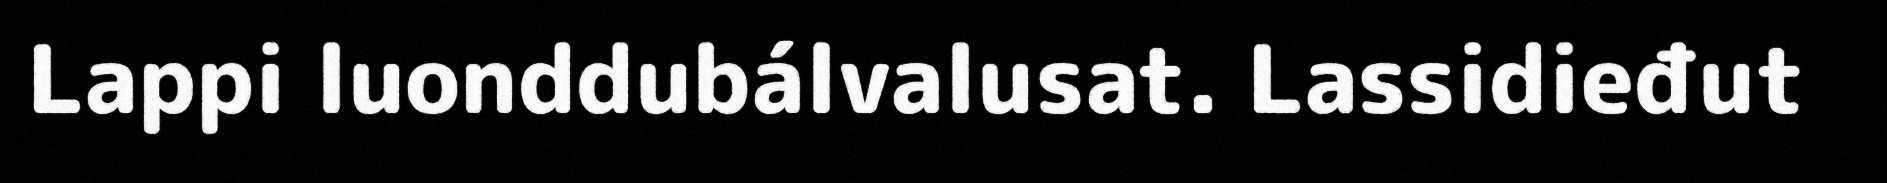
Lappi luonddubálvalusat. Lassidieđut